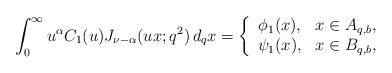
LaTeX: \begin{align*}\int_{0}^{\infty}u^{\alpha}C_1(u)J_{\nu-\alpha}(ux;q^2)\,d_qx=\left\{\begin{array}{cc}\phi_1(x),&x\in A_{q,b},\\ \psi_1(x),&x\in B_{q,b},\end{array}\right.\end{align*}